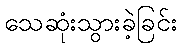
သေဆုံးသွားခဲ့ခြင်း